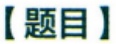
【题目】